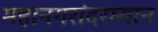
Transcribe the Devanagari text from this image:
महानगरांदरम्यान